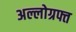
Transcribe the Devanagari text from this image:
अल्लोग्रफ्त